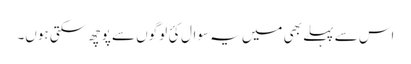
اس سے پہلے بھی میں یہ سوال کئ لوگوں سے پوچھ سکتی ہوں۔